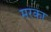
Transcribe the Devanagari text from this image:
मरका